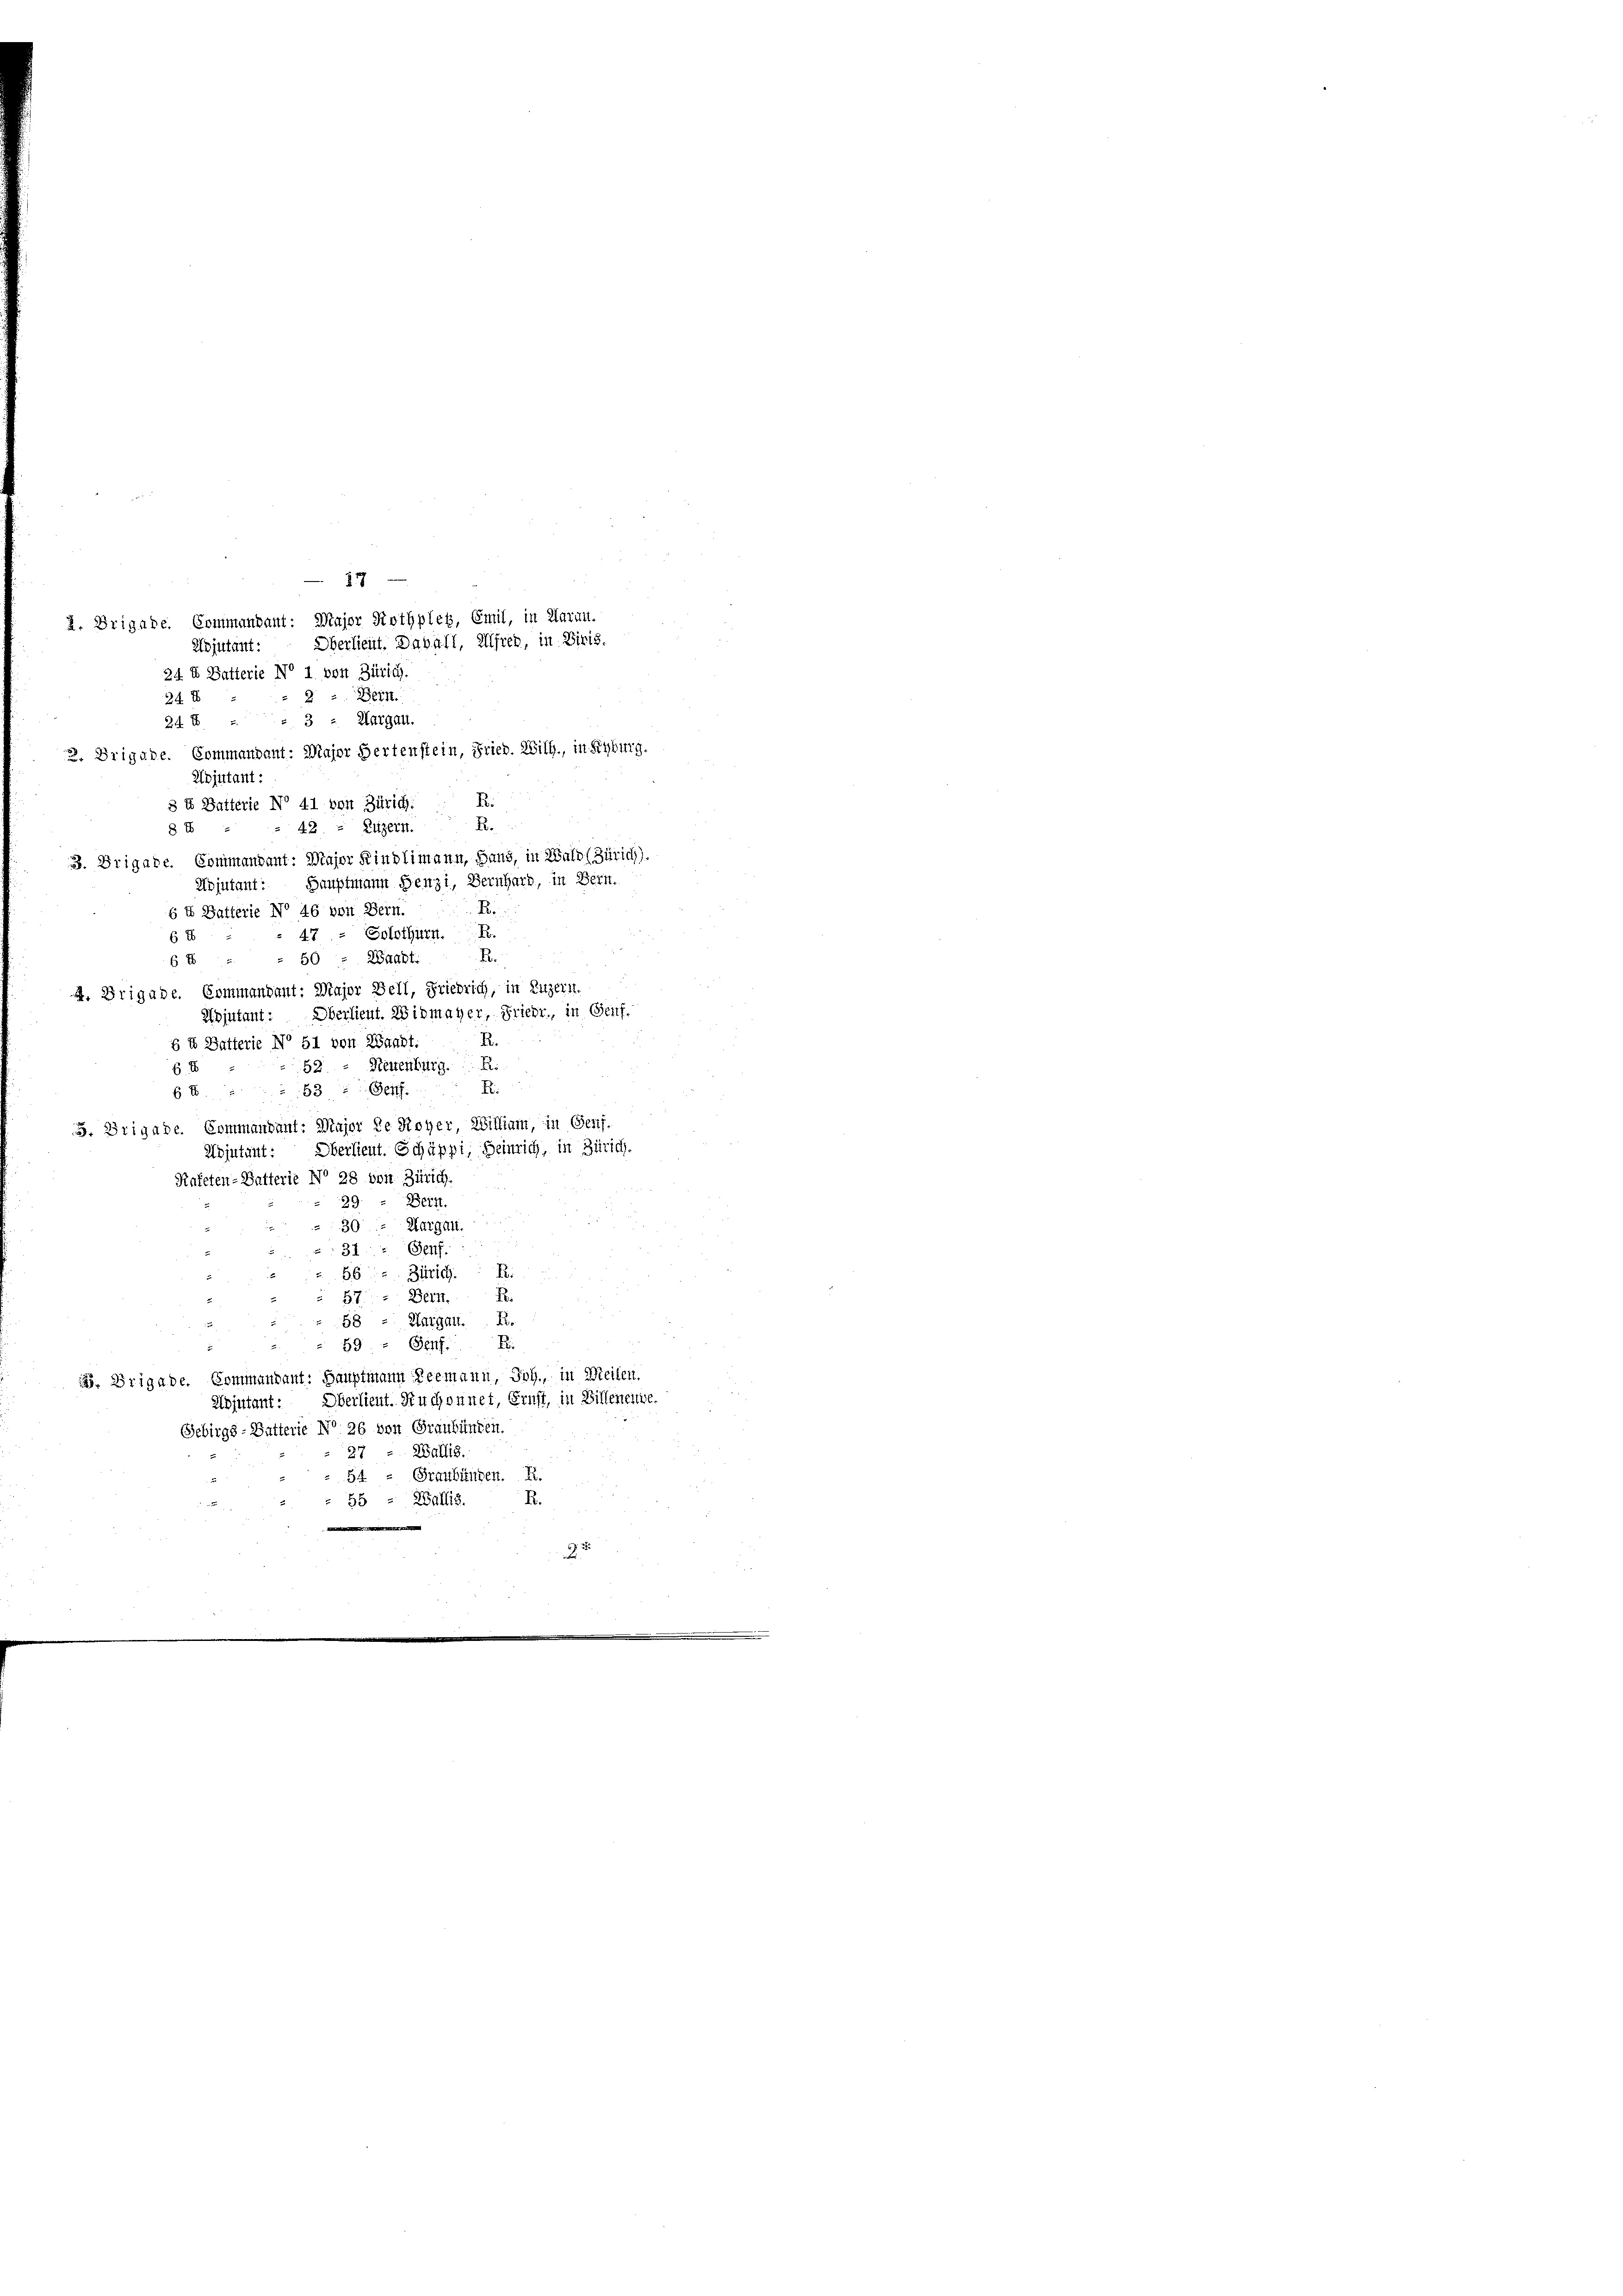
Zojutant:
2 : Bein.
24 x
3 ; Aargau.
24 x
2. Drigade. Commandant: Major Hertenstein, Fried. Will, in Kyburg.
B.
R.
8 E
B
6 E
B.
6 E
Oberlieut. Widmager, Friede, in Genf.
R.
Ri
6. E
F
53
Berf.
6 E
 Brigade. Commandant: Major de Royer, William, in Genf.
Adjutant: Oberlieut. Schäppi, Heinrich, in Zürich.
Kafeten-Batterie No 28 von Zürich.
 Bern.
29.
30 - Margau.
u
Genf.
31
Zürich. B
Bern. R.
B.
Aargau.
Senf
59
. Brigade. Commandant: Hauptmann Leemann, Joh., in Meilen.
Oberlieut. Kuchonnet, Ernst, in Billeneiche.
Adjutant:
Gebirgs-Batterie No 26 von Graubünden.
27 - Wallis.
54 - Graubünden. R.
5
R.
55 - Wallis

2. Brigabe. Commandant: Major Rothplet, Emil, in Klaran.
Oberlieut. Daball, Alfred, in Diris.
24 E Butterie No 1. von Zürich.

317

Kojutant:
8 t Batterie No 41 von Zürich:
42 : Luzern.
3. Brigade. Commandant: Major Kindlimann, Haus, in Wald (Zürich).
Abjutant: Hauptmann Henzi, Bernhard, in Bern.
E X Batterie No 46 von Bern.
47 = Solothurn. R.
50 “ Waadt.
A. Brigade. Commandant: Major Zell, Friedrich, in Luzern.
Adjutant:
§ I Balterie No 51 von Waadt.
52 - Neuenburg.